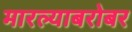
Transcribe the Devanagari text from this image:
मारल्याबरोबर